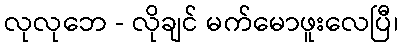
လုလုဘေ - လိုချင် မက်မောဖူးလေပြီ၊